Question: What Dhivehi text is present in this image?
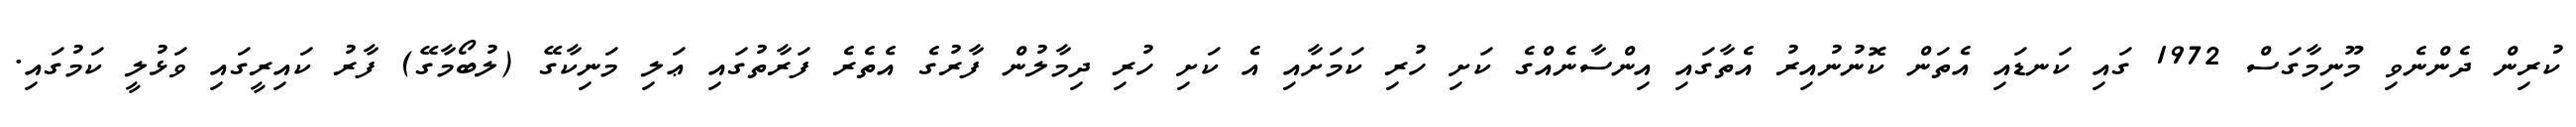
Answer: ކުރިން ދެންނެވި މޫނިމާގަސް 1972 ގައި ކަނޑައި އެތަން ކޮނުނުއިރު އެތާގައި އިންސާނެއްގެ ކަށި ހުރި ކަމަށާއި އެ ކަށި ހުރި ދިމާލުން ފާރުގެ އެތެރެ ފަރާތުގައި ޢަލި މަނިކާގޭ (ލުބޯމާގޭ) ފާރު ކައިރީގައި ވަޅުލީ ކަމުގައި.